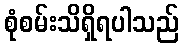
စုံစမ်းသိရှိရပါသည်